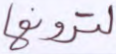
لترونها